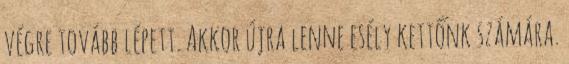
végre tovább lépett. Akkor újra lenne esély kettőnk számára.